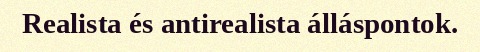
Realista és antirealista álláspontok.